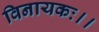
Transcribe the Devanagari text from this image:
विनायकः।।